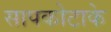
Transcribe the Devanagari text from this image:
सापकोटाके